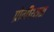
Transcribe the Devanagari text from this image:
प्रोमीथ्यस